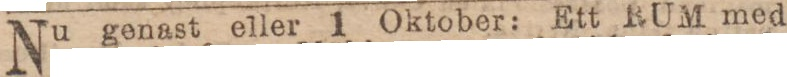
Nu genast eller 1 Oktober: Ett RUM med